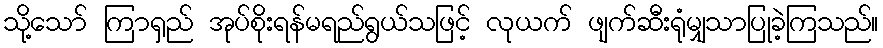
သို့သော် ကြာရှည် အုပ်စိုးရန်မရည်ရွယ်သဖြင့် လုယက် ဖျက်ဆီးရုံမျှသာပြုခဲ့ကြသည်။